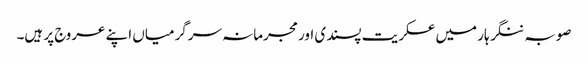
صوبہ ننگر ہار میں عسکریت پسندی اور مجرمانہ سرگرمیاں اپنے عروج پر ہیں۔